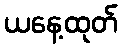
ယနေ့ထုတ်